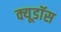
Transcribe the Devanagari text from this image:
क्यूडॉस